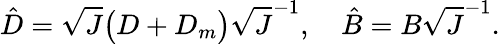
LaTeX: \hat{D}=\sqrt{J}\big(D+D_{m}\big)\sqrt{J}^{-1},\quad\hat{B}=B\sqrt{J}^{-1}.